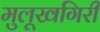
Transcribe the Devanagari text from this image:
मुलूखगिरी